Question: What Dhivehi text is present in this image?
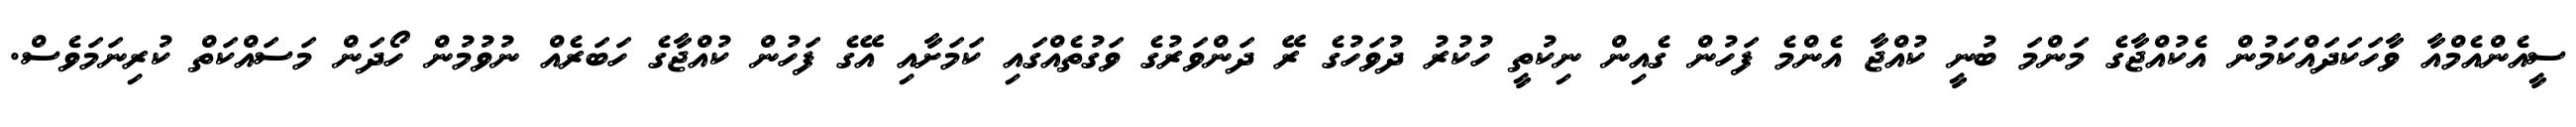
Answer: ސީއެންއެމްއާ ވާހަކަދައްކަމުން އެކުއްޖާގެ މަންމަ ބުނީ ކުއްޖާ އެންމެ ފަހުން ގެއިން ނިކުތީ ހުކުރު ދުވަހުގެ ރޭ ދަންވަރުގެ ވަގުތެއްގައި ކަމަށާއި އޭގެ ފަހުން ކުއްޖާގެ ހަބަރެއް ނުވުމުން ހޯދަން މަސައްކަތް ކުރިނަމަވެސް.